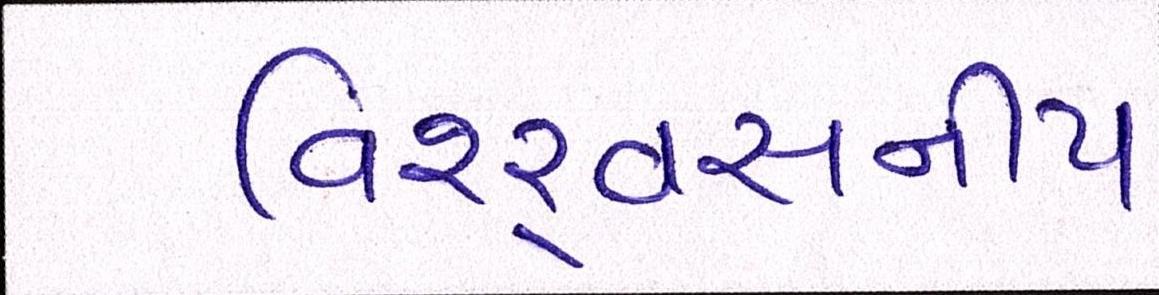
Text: વિશ્ર્વસનીય